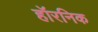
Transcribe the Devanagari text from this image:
हॉरनिक